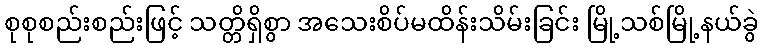
စုစုစည်းစည်းဖြင့် သတ္တိရှိစွာ အသေးစိပ်မထိန်းသိမ်းခြင်း မြို့သစ်မြို့နယ်ခွဲ